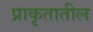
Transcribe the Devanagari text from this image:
प्राकृतातील